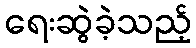
ရေးဆွဲခဲ့သည့်